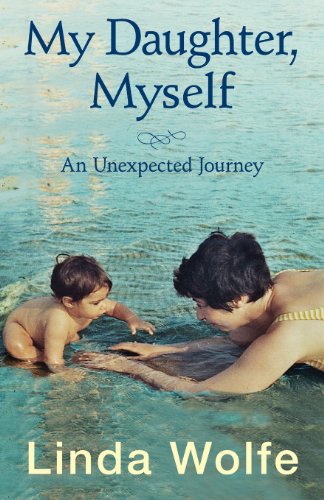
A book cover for My Daughter, Myself- An Unexpected Journey; Linda Wolfe; Health, Fitness & Dieting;